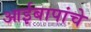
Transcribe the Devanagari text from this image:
आईबापांचे